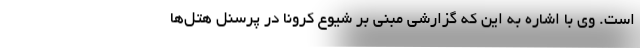
است. وی با اشاره به این که گزارشی مبنی بر شیوع کرونا در پرسنل هتل‌ها